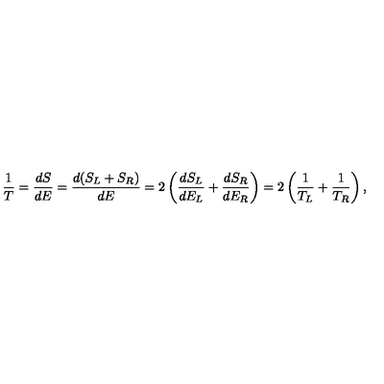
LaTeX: { \frac { 1 } { T } } = { \frac { d S } { d E } } = { \frac { d ( S _ { L } + S _ { R } ) } { d E } } = 2 \left( { \frac { d S _ { L } } { d E _ { L } } } + { \frac { d S _ { R } } { d E _ { R } } } \right) = 2 \left( { \frac { 1 } { T _ { L } } } + { \frac { 1 } { T _ { R } } } \right) ,